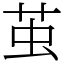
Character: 茧